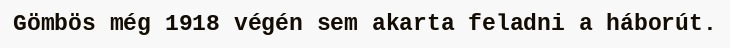
Gömbös még 1918 végén sem akarta feladni a háborút.